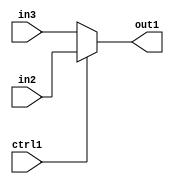
`timescale 1ps / 1ps
/*****************************************************************************
    Verilog RTL Description
    
    
    Created by: Stratus DpOpt 2019.1.01 
*******************************************************************************/

module st_weight_addr_gen_N_Mux_16_2_17_4_9 (
	in3,
	in2,
	ctrl1,
	out1
	); /* architecture "behavioural" */ 
input [15:0] in3,
	in2;
input  ctrl1;
output [15:0] out1;
wire [15:0] asc001;

reg [15:0] asc001_tmp_0;
assign asc001 = asc001_tmp_0;
always @ (ctrl1 or in2 or in3) begin
	case (ctrl1)
		1'B1 : asc001_tmp_0 = in2 ;
		default : asc001_tmp_0 = in3 ;
	endcase
end

assign out1 = asc001;
endmodule

/* CADENCE  uLf5TAo= : u9/ySgnWtBlWxVPRXgAZ4Og= ** DO NOT EDIT THIS LINE ******/